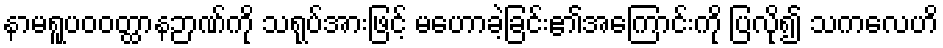
နာမရူပဝဝတ္ထာနဉာဏ်ကို သရုပ်အားဖြင့် မဟောခဲ့ခြင်း၏အကြောင်းကို ပြလို၍ သကလေဟိ